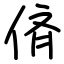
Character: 㑪